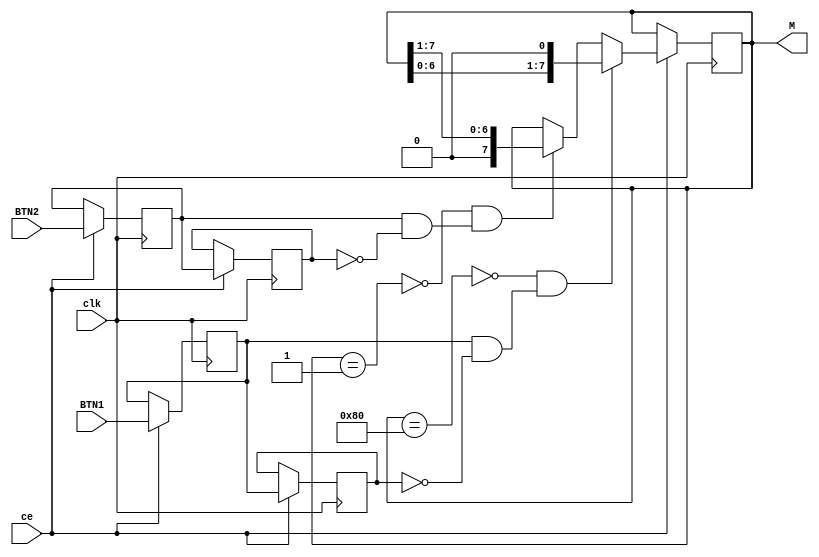
module REG_AMP(input clk, output reg [7:0] M=8'h80, //
               input BTN1,
               input BTN2,
               input ce);

  reg tBTN1=0, ttBTN1=0, tBTN2=0, ttBTN2=0;
  wire st_UP = tBTN1 & !ttBTN1 ; //   (  2)
  wire st_DOWN = tBTN2 & !ttBTN2 ; //   (  2)
  
  wire Mmax=(M==8'h80); //  M=128
  wire Mmin=(M==8'h01); //  M=1
  
  always @ (posedge clk) if (ce) begin
    tBTN1 <= BTN1 ; ttBTN1 <= tBTN1 ;
    tBTN2 <= BTN2 ; ttBTN2 <= tBTN2 ;
    M <= (!Mmax & st_UP)? M<<1 : (!Mmin & st_DOWN)? M>>1 : M ;
  end

endmodule